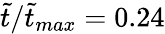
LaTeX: \tilde{t}/\tilde{t}_{max}=0.24